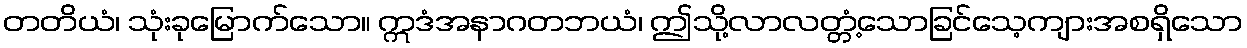
တတိယံ၊ သုံးခုမြောက်သော။ ဣဒံအနာဂတဘယံ၊ ဤသို့လာလတ္တံ့သောခြင်သေ့ကျားအစရှိသော